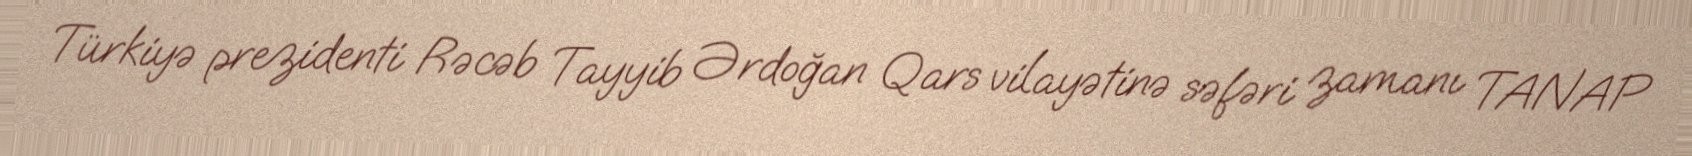
Türkiyə prezidenti Rəcəb Tayyib Ərdoğan Qars vilayətinə səfəri zamanı TANAP